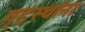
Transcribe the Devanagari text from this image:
गृहस्थांना